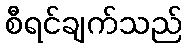
စီရင်ချက်သည်